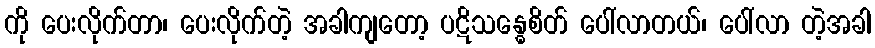
ကို ပေးလိုက်တာ၊ ပေးလိုက်တဲ့ အခါကျတော့ ပဋိသန္ဓေစိတ် ပေါ်လာတယ်၊ ပေါ်လာ တဲ့အခါ